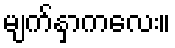
မျက်နှာကလေး။